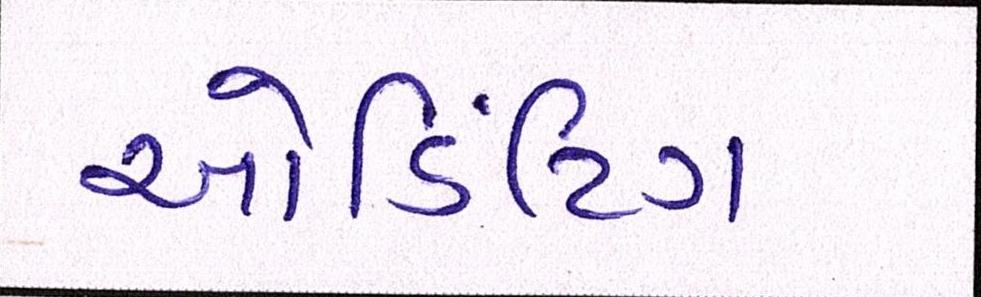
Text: ઓડિટિંગ